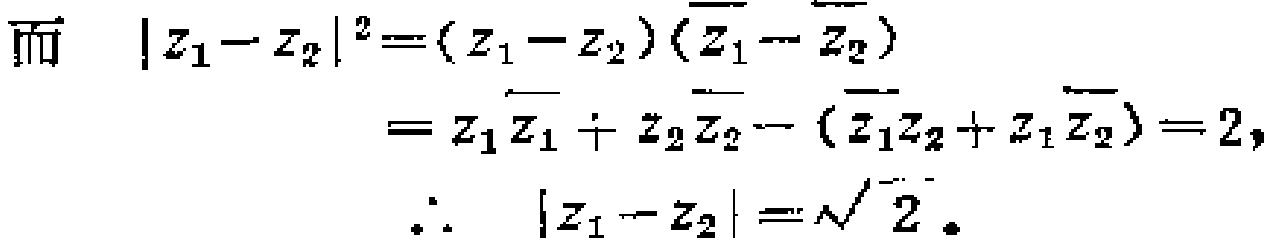
而 \(\vert z_1 - z_2\vert^2=(z_1 - z_2)(\overline{z_1}-\overline{z_2})\)
\(=z_1\overline{z_1}+z_2\overline{z_2}-(\overline{z_1}z_2 + z_1\overline{z_2}) = 2,\)
\(\therefore\) \(\vert z_1 - z_2\vert=\sqrt{2}\)。